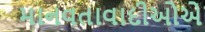
માનવતાવાદીઓએ